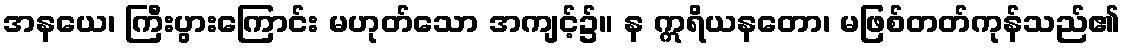
အနယေ၊ ကြီးပွားကြောင်း မဟုတ်သော အကျင့်၌။ န ဣရိယနတော၊ မဖြစ်တတ်ကုန်သည်၏